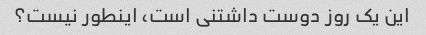
این یک روز دوست داشتنی است، اینطور نیست؟